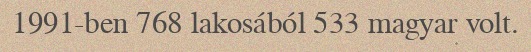
1991-ben 768 lakosából 533 magyar volt.